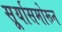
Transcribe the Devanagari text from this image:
सू्र्यासमोरून